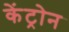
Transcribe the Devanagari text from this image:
केंट्रोन